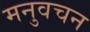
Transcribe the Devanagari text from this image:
मनुवचन